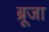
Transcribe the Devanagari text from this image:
ब्रूजा